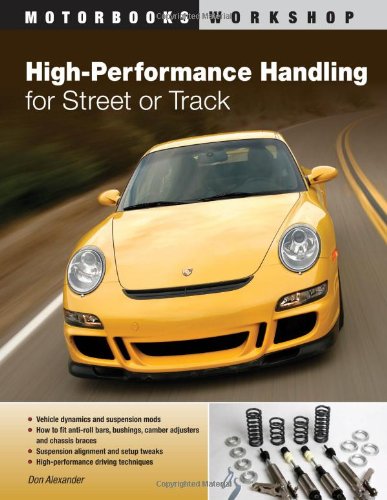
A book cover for High-Performance Handling for Street or Track: Vehicle dynamics, suspension mods & setup - Anti-roll bars, camber adjust (Motorbooks Workshop); Don Alexander; Sports & Outdoors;